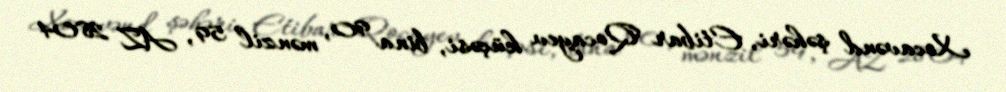
Xocavənd şəhəri, Etibar Qocayev küçəsi, bina 90, mənzil 59, AZ 2804